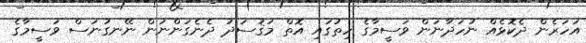
އަހަރެން ދެކޮޅެއް ނުހަދާނަން ވަސީމާގެ ހިތުގައި އޮތް މަޤުސަދު ދެނެގަންނަން ނޭނގުނަސް ވަސީމާގެ